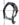
Text: Q